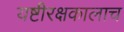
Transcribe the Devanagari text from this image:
यष्टीरक्षकालाच